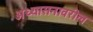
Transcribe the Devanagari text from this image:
अध्यासनावरील